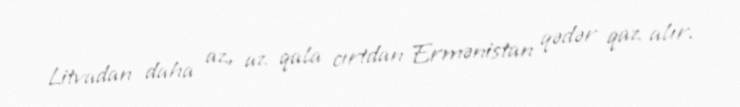
Litvadan daha az, az qala cırtdan Ermənistan qədər qaz alır.